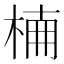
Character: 𣔎